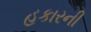
હકારની